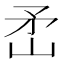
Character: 𬑭